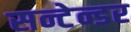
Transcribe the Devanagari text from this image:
सन्टेन्डर